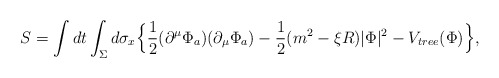
\begin{align*}S=\int dt\int_{\Sigma}d\sigma_x \Big\lbrace\frac 1 2 (\partial^\mu\Phi_a) (\partial_\mu\Phi_a) -\frac 1 2 (m^2-\xi R)|\Phi|^2-V_{tree}(\Phi)\Big \rbrace,\end{align*}